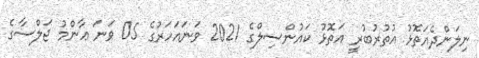
ނިލަންދެއަތޮޅު އުތުރުބުރީ އަތޮޅު ކައުންސިލްގެ 2021 ވަނައަހަރުގެ 05 ވަނަ ޢާންމު ޖަލްސާގެ